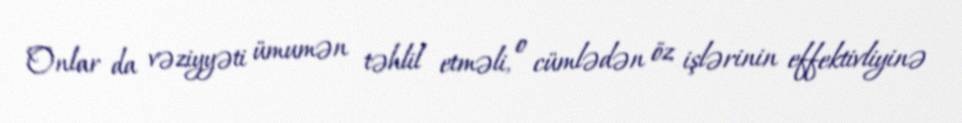
Onlar da vəziyyəti ümumən təhlil etməli, o cümlədən öz işlərinin effektivliyinə